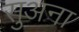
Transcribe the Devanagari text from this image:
सुअना